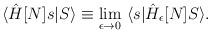
LaTeX: \begin{align*}\langle \hat H[N] s |S \rangle \equiv \lim_{\epsilon\to 0}\ \langle s |\hat H_{\epsilon}[N] S \rangle. \end{align*}